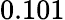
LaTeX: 0.101